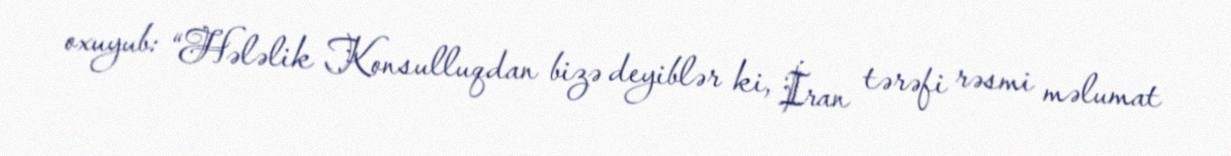
oxuyub: “Hələlik Konsulluqdan bizə deyiblər ki, İran tərəfi rəsmi məlumat